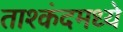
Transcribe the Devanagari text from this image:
ताश्कंदमध्ये